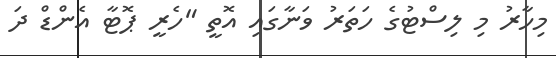
މިހާރު މި ލިސްޓުގެ ހަތަރު ވަނާގައި އޮތީ "ހެރީ ޕޮޓާ އެންޑް ދަ